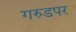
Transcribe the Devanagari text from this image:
गरुडपर